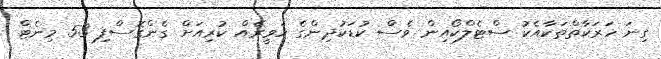
ގިނަ ހަރަކާތްތަކާއެކު ސްޓެލްކޯއިން ވެސް ކުޑަކުދިންގެ ހަވީރެއް ކުރިއަށް ގެންގޮސްފި 53 މިނެޓް